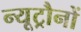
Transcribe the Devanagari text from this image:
न्यूट्रौनों